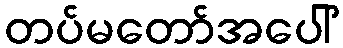
တပ်မတော်အပေါ်